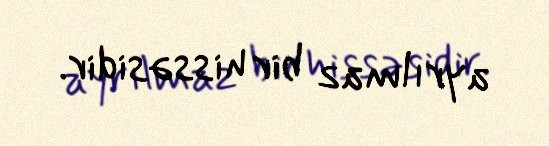
ayrılmaz bir hissəsidir.